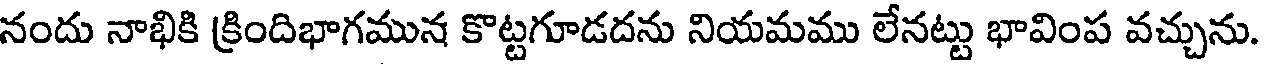
నందు నాభికి క్రిందిభాగమున కొట్టగూడదను నియమము లేనట్టు భావింప వచ్చును.